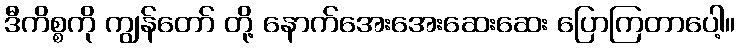
ဒီကိစ္စကို ကျွန်တော် တို့ နောက်အေးအေးဆေးဆေး ပြောကြတာပေါ့။